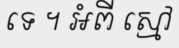
ទេ ។ អំពី ស្មៅ